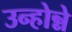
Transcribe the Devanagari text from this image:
उन्होन्ने